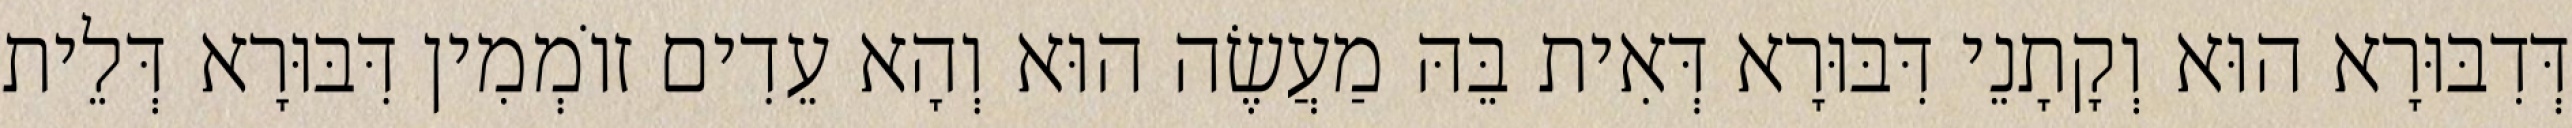
דְּדִבּוּרָא הוּא וְקָתָנֵי דִּבּוּרָא דְּאִית בֵּהּ מַעֲשֶׂה הוּא וְהָא עֵדִים זוֹמְמִין דִּבּוּרָא דְּלֵית